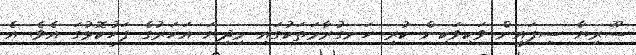
ސޫރިޔާ ސިފައިން ވަކިވަކިން ކުރި ހަނގުރާމަތަކުގައި މިދިޔަ އަހަރުގެ ފަހުކޮޅުގަ އެވެ. އެ